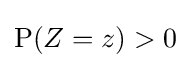
\mathrm {P} (Z=z)>0